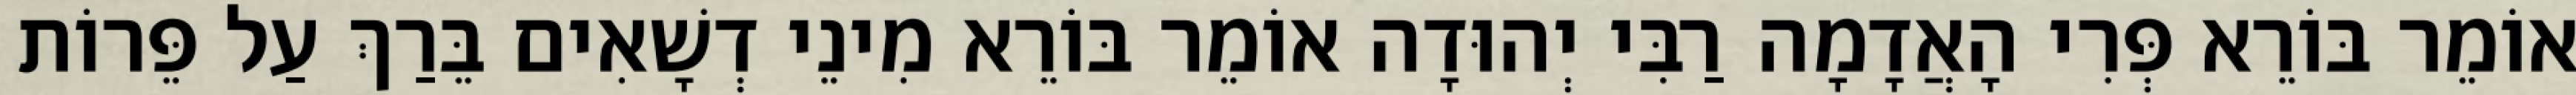
אוֹמֵר בּוֹרֵא פְּרִי הָאֲדָמָה רַבִּי יְהוּדָה אוֹמֵר בּוֹרֵא מִינֵי דְשָׁאִים בֵּרַךְ עַל פֵּרוֹת